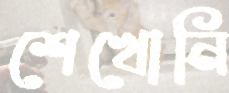
শেখোনি